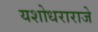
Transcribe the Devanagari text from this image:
यशोधराराजे